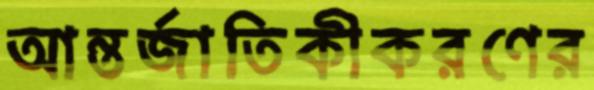
আন্তর্জাতিকীকরণের